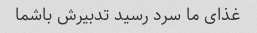
غذای ما سرد رسید تدبیرش باشما